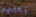
رحلتهم